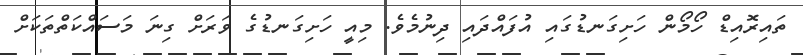
ތައިރޮއިޑް ހޯމޯން ހަށިގަނޑުގައި އުފައްދައި ދިނުމެވެ. މިއީ ހަށިގަނޑުގެ ވަރަށް ގިނަ މަސައްކަތްތަކަށް